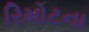
રિમોટના